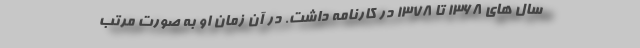
سال های 1368 تا 1378 در کارنامه داشت. در آن زمان او به صورت مرتب